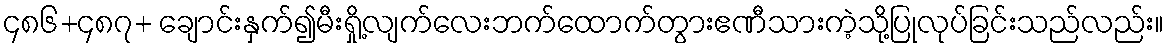
၄၈၆+၄၈၇+ ချောင်းနှက်၍မီးရှို့လျက်လေးဘက်ထောက်တွားဧဏီသားကဲ့သို့ပြုလုပ်ခြင်းသည်လည်း။